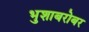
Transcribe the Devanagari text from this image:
भुशाबरोबर